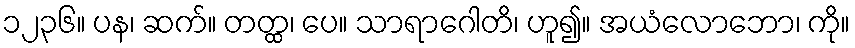
၁၂၃၆။ ပန၊ ဆက်။ တတ္ထ၊ ပေ။ သာရာဂေါတိ၊ ဟူ၍။ အယံလောဘော၊ ကို။